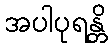
အပါပုရန္တိ